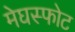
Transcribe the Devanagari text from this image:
मेघस्फोट